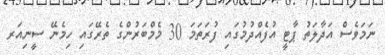
ނަމަވެސް އަދާލަތު ޕާޓީ އުފެއްދުމުގައި ފުރަތަމަ 30 މެމްބަރުންގެ ތެރޭގައި ހިމެނޭ ސީނިއަރ